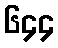
၆၄၄